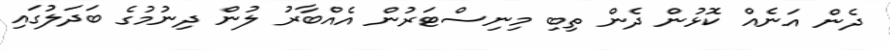
ދެން އަނެއް ކޮޅުން ދެން ތިބި މިނިސްޓަރުން އެއްބާރު ލުން ދިނުމުގެ ބަދަލުގައި